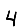
Digit: 4